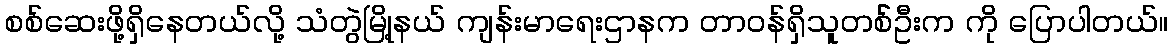
စစ်ဆေးဖို့ရှိနေတယ်လို့ သံတွဲမြို့နယ် ကျန်းမာရေးဌာနက တာဝန်ရှိသူတစ််ဦးက ကို ပြောပါတယ်။